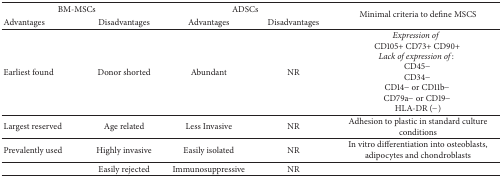
| <COLSPAN=2> BM-MSCs | <COLSPAN=2> ADSCs | <ROWSPAN=2> Minimal criteria to define MSCS |
 | Advantages | Disadvantages | Advantages | Disadvantages |
 | --- | --- | --- | --- | --- |
 | Earliest found | Donor shorted | Abundant | NR | Expression of  CD105+ CD73+ CD90+ Lack of expression of:CD45−CD34−CD14− or CD11b−CD79a− or CD19−HLA-DR (−) |
 | Largest reserved | Age related | Less Invasive | NR | Adhesion to plastic in standard culture conditions |
 | Prevalently used | Highly invasive | Easily isolated | NR | In vitro differentiation into osteoblasts, adipocytes and chondroblasts |
 |  | Easily rejected | Immunosuppressive | NR |  |